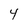
Character: 4